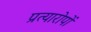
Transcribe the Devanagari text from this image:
प्रत्यारोपों